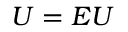
U = E \boldsymbol { U }